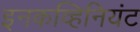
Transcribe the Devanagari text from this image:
इनकव्हिनियंट